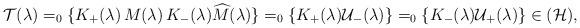
LaTeX: \begin{align*}\mathcal{T}(\lambda )=_{0}\{K_{+}(\lambda )\,M(\lambda)\,K_{-}(\lambda )\widehat{M}(\lambda )\}=_{0}\{K_{+}(\lambda )\mathcal{U}_{-}(\lambda )\}=_{0}\{K_{-}(\lambda )\mathcal{U}_{+}(\lambda)\}\in (\mathcal{H}), \end{align*}